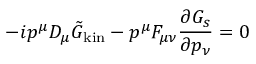
- i p ^ { \mu } { \cal D } _ { \mu } \tilde { G } _ { \mathrm { k i n } } - p ^ { \mu } { \cal F } _ { \mu \nu } { \frac { \partial G _ { s } } { \partial p _ { \nu } } } = 0